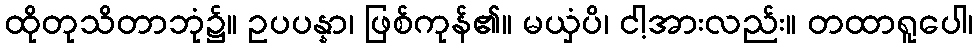
ထိုတုသိတာဘုံ၌။ ဥပပန္နာ၊ ဖြစ်ကုန်၏။ မယှံပိ၊ ငါ့အားလည်း။ တထာရူပေါ၊